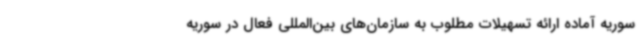
سوریه آماده ارائه تسهیلات مطلوب به سازمان‌های بین‌المللی فعال در سوریه